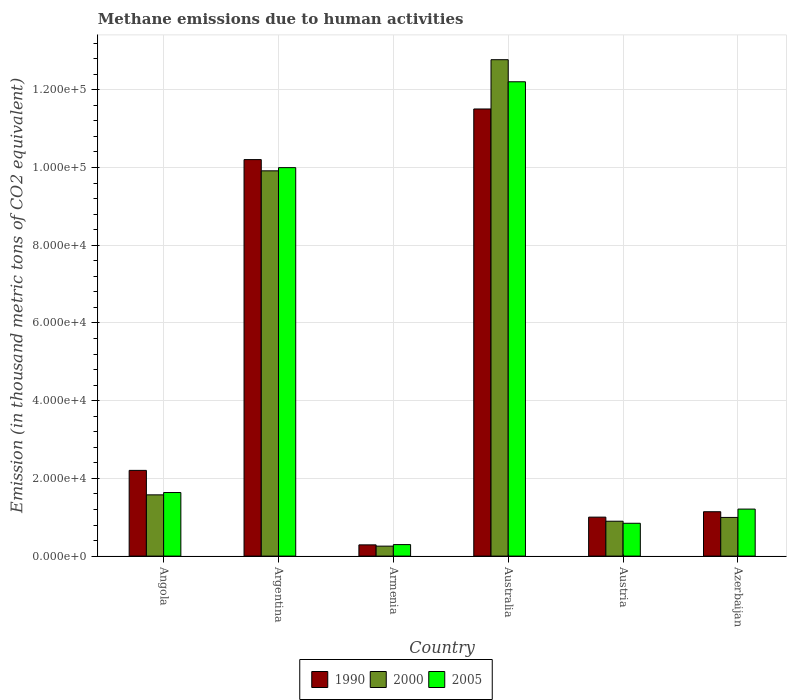
| Country | 1990 | 2000 | 2005 |
 | --- | --- | --- | --- |
 | Angola | 2.21e+04 | 1.58e+04 | 1.64e+04 |
 | Argentina | 1.02e+05 | 9.91e+04 | 1e+05 |
 | Armenia | 2.89e+03 | 2.57e+03 | 2.96e+03 |
 | Australia | 1.15e+05 | 1.28e+05 | 1.22e+05 |
 | Austria | 1e+04 | 8.97e+03 | 8.45e+03 |
 | Azerbaijan | 1.14e+04 | 9.95e+03 | 1.21e+04 |